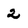
Character: 2